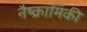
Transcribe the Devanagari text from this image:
नैष्क्रामिकी